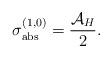
LaTeX: \begin{align*}\sigma_{\rm abs}^{(1,0)}=\frac{{\cal A}_H}{2}.\end{align*}